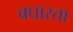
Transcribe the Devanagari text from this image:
बघारता